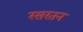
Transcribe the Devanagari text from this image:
रसरतन